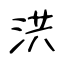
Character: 洪